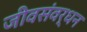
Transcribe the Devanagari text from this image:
जीवसंवर्धन